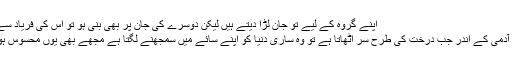
اپنے گروہ کے لیے تو جان لڑا دیتے ہیں لیکن دوسرے کی جان پر بھی بنی ہو تو اس کی فریاد سے کان پر جوں نہیں رینگتی‘‘
’’ مختار ہونے کا جذبہ کسی آدمی کے اندر جب درخت کی طرح سر اٹھاتا ہے تو وہ ساری دنیا کو اپنے سائے میں سمجھنے لگتا ہے مجھے بھی یوں محسوس ہوا جیسے میں بہت اونچا ہوں۔